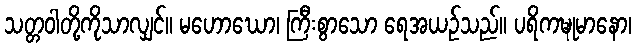
သတ္တဝါတို့ကိုသာလျှင်။ မဟောဃော၊ ကြီးစွာသော ရေအယဉ်သည်။ ပရိကဍ္ဎုမာနော၊